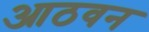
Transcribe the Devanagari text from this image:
आठवन